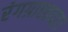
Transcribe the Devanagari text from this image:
रंगग्राह्वयता